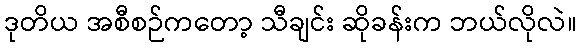
ဒုတိယ အစီစဉ်ကတော့ သီချင်း ဆိုခန်းက ဘယ်လိုလဲ။